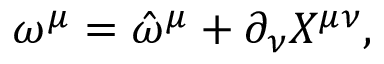
\omega ^ { \mu } = \hat { \omega } ^ { \mu } + \partial _ { \nu } X ^ { \mu \nu } ,